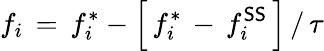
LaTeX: f_{i}\, =\, f_{i}^{*}-\left[\, f_{i}^{*}\, -\, f_{i}^{\mathsf{S}\mathsf{S}}\, \right]\, /\, \tau